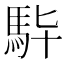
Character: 𩢈